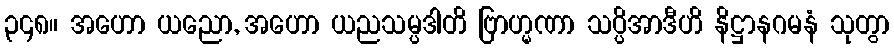
၃၄၈။ အဟော ယညော, အဟော ယညသမ္ပဒါတိ ဗြာဟ္မဏာ သပ္ပိအာဒီဟိ နိဋ္ဌာနဂမနံ သုတွာ